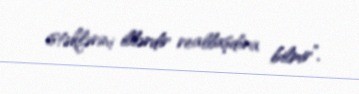
istəklərini illərdir reallaşdıra bilmir”.